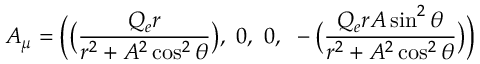
A _ { \mu } = \Bigl ( \bigl ( { \frac { Q _ { e } r } { r ^ { 2 } + A ^ { 2 } \cos ^ { 2 } \theta } } \bigr ) , ~ 0 , ~ 0 , { } ~ - \bigl ( { \frac { Q _ { e } r A \sin ^ { 2 } \theta } { r ^ { 2 } + A ^ { 2 } \cos ^ { 2 } \theta } } \bigr ) \Bigr )